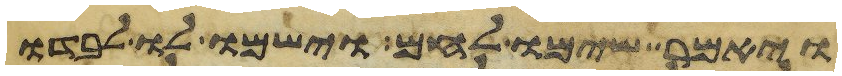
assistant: ויאמר שימו לחם וישמו לו לבדו